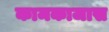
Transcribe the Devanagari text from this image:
कामकाजास